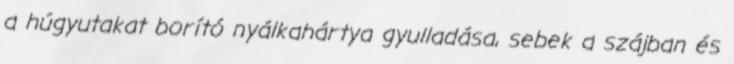
a húgyutakat borító nyálkahártya gyulladása, sebek a szájban és